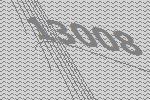
13008